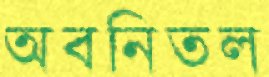
অবনিতল